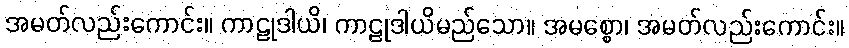
အမတ်လည်းကောင်း။ ကာဠုဒါယိ၊ ကာဠုဒါယိမည်သော။ အမစ္စော၊ အမတ်လည်းကောင်း။